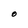
Character: O